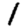
Digit: 1